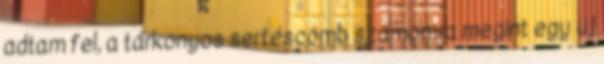
adtam fel, a tárkonyos sertéscomb számomra megint egy új